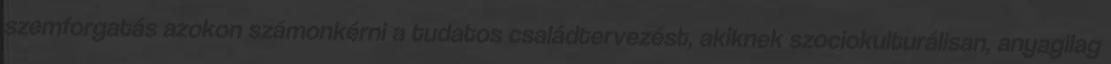
szemforgatás azokon számonkérni a tudatos családtervezést, akiknek szociokulturálisan, anyagilag